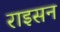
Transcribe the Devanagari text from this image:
राइसन